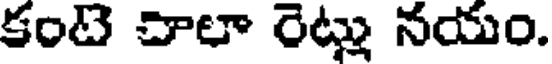
కంటె చాలా రెట్లు నయం.